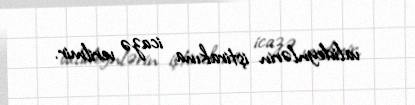
valideynlərin iştirakına icazə verilmir.